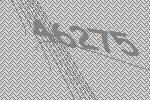
46275